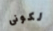
لكونى